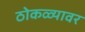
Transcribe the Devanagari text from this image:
ठोकळ्यावर